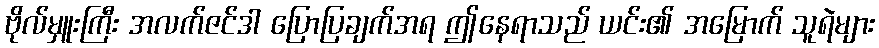
ဗိုလ်မှူးကြီး အလက်ဇင်ဒါ ပြောပြချက်အရ ဤနေရာသည် ယင်း၏ အမြောက် သူရဲများ